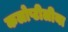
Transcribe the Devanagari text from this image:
कलोप्टीलीया